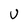
Character: U